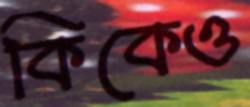
কিকেও